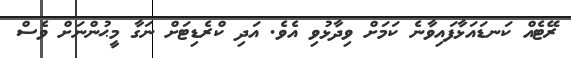
ރޭޓެއް ކަނޑައަޅާފައިވާނެ ކަމަށް ވިދާޅުވި އެވެ. އަދި ކްރެޑިޓަށް ނަގާ މީޙުންނަށް ވެސް